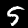
Label: 5